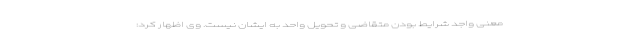
معنی واجد شرایط بودن متقاضی و تحویل واحد به ایشان نیست. وی اظهار کرد: